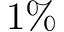
1 \%